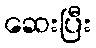
ဆေးပြီး